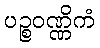
ပဉ္စဝဏ္ဏိကံ